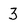
Character: 3